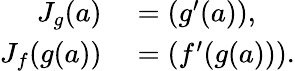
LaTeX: \begin{array}{rl}{J_{g}(a)}&{{}={\left(\begin{array}{l}{g^{\prime}(a)}\end{array}\right)},}\\ {J_{f}(g(a))}&{{}={\left(\begin{array}{l}{f^{\prime}(g(a))}\end{array}\right)}.}\end{array}